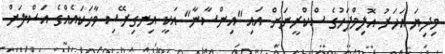
މިދިޔަ އަހަރު އޮލިމްޕަހުގެ ސްކްރީނަށް އައި "އިންސާނާ" އަކީ އިނގިރޭސި ވާހަކައެއްގެ އަސްލަށް